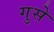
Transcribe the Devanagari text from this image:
गुसे